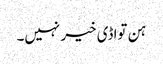
ہن تواڈی خیر نہیں۔